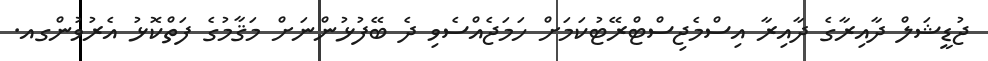
ޖުޑީޝަލް ދާއިރާގެ ދާއިރާ އިސްމެޖިސްޓްރޭޓުކަމަށް ހަމަޖެއްސެވި ދެ ބޭފުޅުންނަށް މަޤާމުގެ ފަތްކޮޅު އެރުވުންގއ.